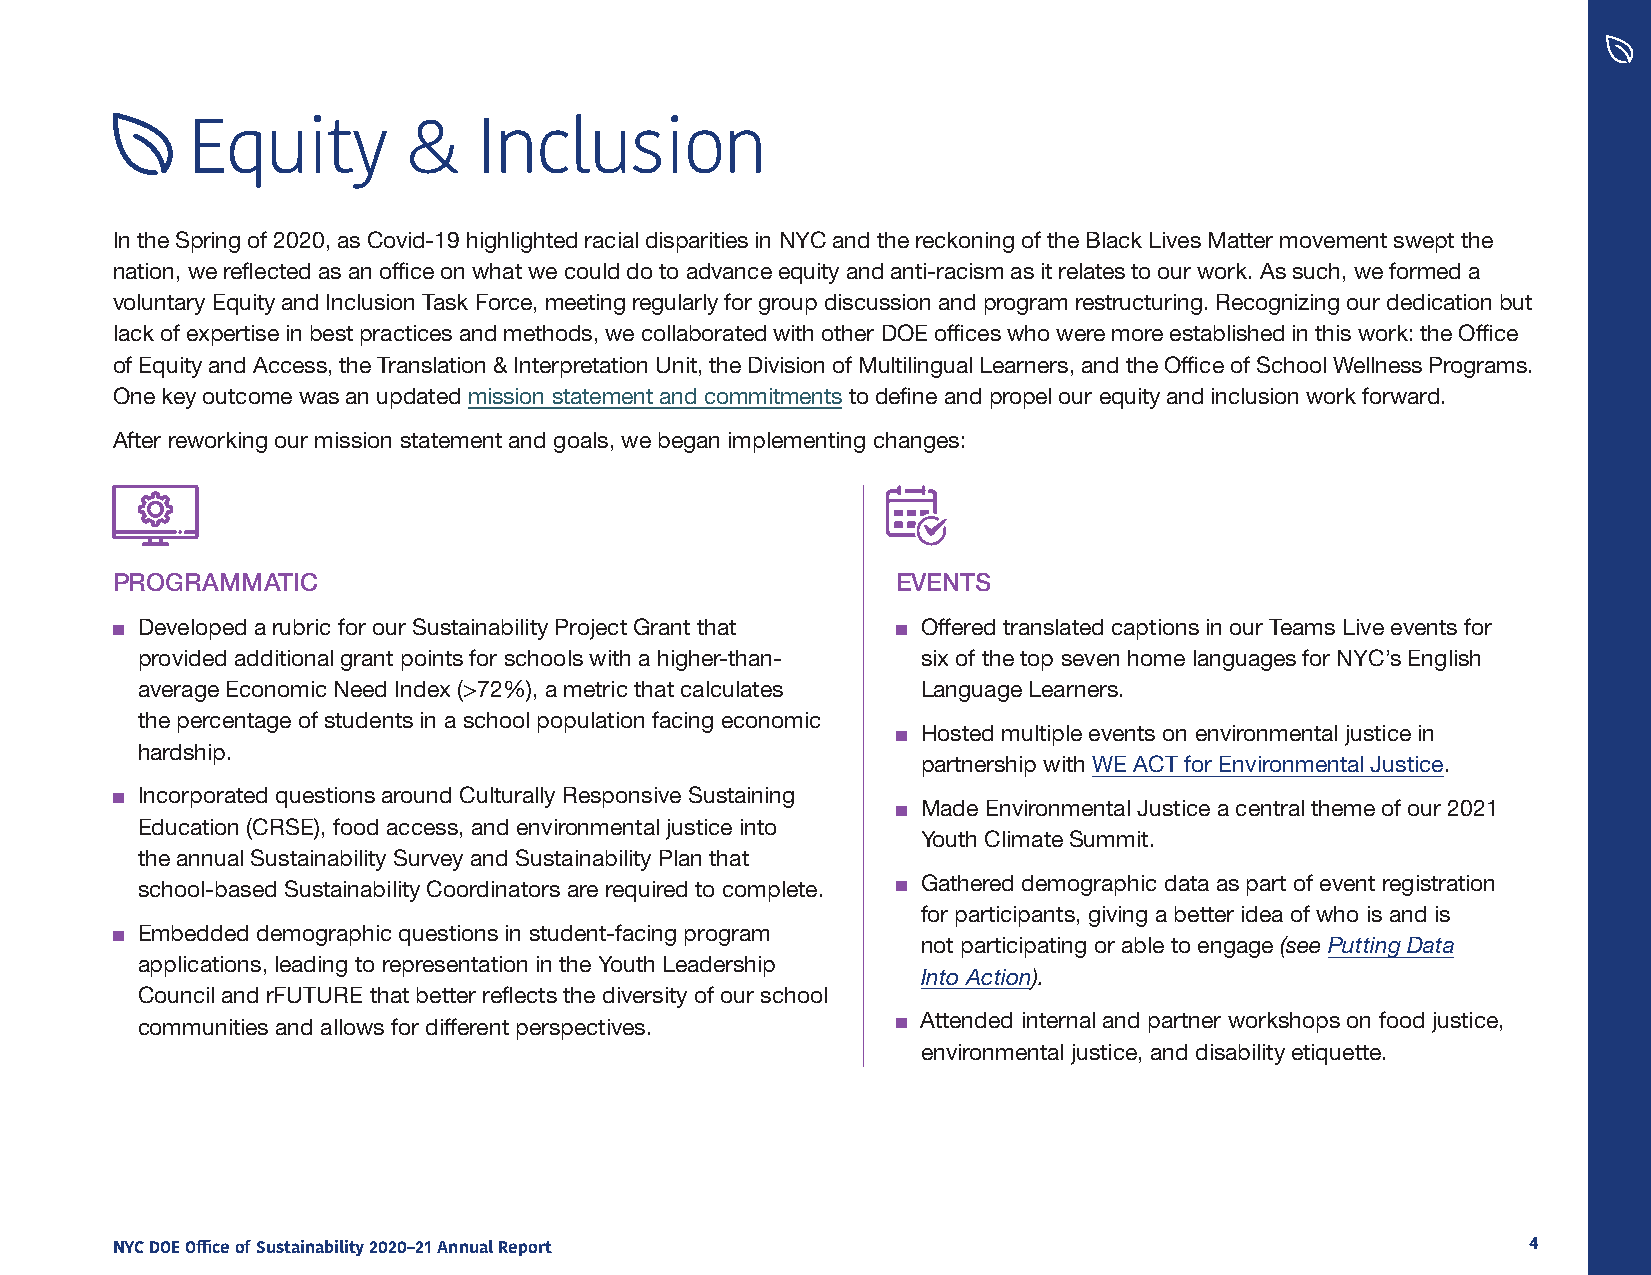
Equity         &   Inclusion
 In the Spring of 2020, as Covid-19 highlighted racial disparities in NYC and the reckoning of the Black Lives Matter movement swept the
 nation, we reflected as an office on what we could do to advance equity and anti-racism as it relates to our work. As such, we formed a
 voluntary Equity and Inclusion Task Force, meeting regularly for group discussion and program restructuring. Recognizing our dedication but
 lack of expertise in best practices and methods, we collaborated with other DOE offices who were more established in this work: the Office
 of Equity and Access, the Translation & Interpretation Unit, the Division of Multilingual Learners, and the Office of School Wellness Programs.
 One key outcome was an updated mission statement and commitments to define and propel our equity and inclusion work forward.
 After reworking our mission statement and goals, we began implementing changes:
 PROGRAMMATIC                                        EVENTS
 ■ Developed a rubric for our Sustainability Project Grant that ■ Offered translated captions in our Teams Live events for
 provided additional grant points for schools with a higher-than- six of the top seven home languages for NYC’s English
 average Economic Need Index (>72%), a metric that calculates Language Learners.
 the percentage of students in a school population facing economic
 ■ Hosted multiple events on environmental justice in
 hardship.
 partnership with WE ACT for Environmental Justice.
 ■ Incorporated questions around Culturally Responsive Sustaining
 ■ Made Environmental Justice a central theme of our 2021
 Education (CRSE), food access, and environmental justice into
 Youth Climate Summit.
 the annual Sustainability Survey and Sustainability Plan that
 school-based Sustainability Coordinators are required to complete. ■ Gathered demographic data as part of event registration
 for participants, giving a better idea of who is and is
 ■ Embedded demographic questions in student-facing program
 not participating or able to engage (see Putting Data
 applications, leading to representation in the Youth Leadership
 Into Action).
 Council and rFUTURE that better reflects the diversity of our school
 communities and allows for different perspectives. ■ Attended internal and partner workshops on food justice,
 environmental justice, and disability etiquette.
 NYC DOE Office of Sustainability 2020–21 Annual Report                                        4